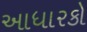
આધારકો